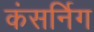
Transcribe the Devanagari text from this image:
कंसर्निग